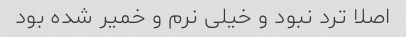
اصلا ترد نبود و خیلی نرم و خمیر شده بود